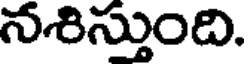
నశిస్తుంది.